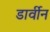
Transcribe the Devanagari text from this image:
डार्वीन